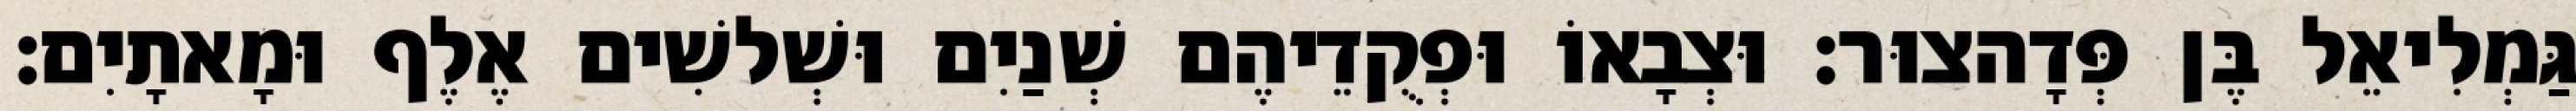
גַּמְלִיאֵל בֶּן פְּדָהצוּר׃ וּצְבָאוֹ וּפְקֻדֵיהֶם שְׁנַיִם וּשְׁלשִׁים אֶלֶף וּמָאתָיִם׃